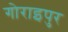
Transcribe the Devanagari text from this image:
गोराइपुर